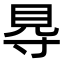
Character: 䙷